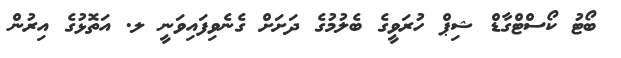
ބޯޓު ކޯސްޓްގާޑް ޝިޕް ހުރަވީގެ ބެލުމުގެ ދަށަށް ގެނެވިފައިވަނީ ލ. އަތޮޅުގެ އިރުން